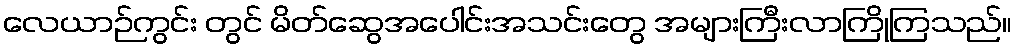
လေယာဉ်ကွင်း တွင် မိတ်ဆွေအပေါင်းအသင်းတွေ အများကြီးလာကြိုကြသည်။